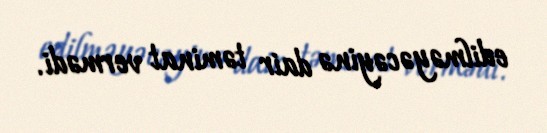
edilməyəcəyinə dair təminat vermədi.